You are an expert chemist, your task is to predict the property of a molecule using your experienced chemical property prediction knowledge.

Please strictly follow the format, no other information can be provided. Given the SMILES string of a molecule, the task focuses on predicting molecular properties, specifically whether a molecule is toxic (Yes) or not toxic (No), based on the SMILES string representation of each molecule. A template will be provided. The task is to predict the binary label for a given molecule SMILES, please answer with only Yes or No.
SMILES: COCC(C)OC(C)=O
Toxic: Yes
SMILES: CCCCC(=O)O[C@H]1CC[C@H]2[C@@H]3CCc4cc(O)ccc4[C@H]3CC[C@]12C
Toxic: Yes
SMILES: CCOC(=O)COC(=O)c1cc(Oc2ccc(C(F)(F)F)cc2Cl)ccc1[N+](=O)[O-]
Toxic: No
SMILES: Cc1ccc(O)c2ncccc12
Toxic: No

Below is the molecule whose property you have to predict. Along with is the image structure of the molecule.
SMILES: CC(N/C(=N\C#N)Nc1ccncc1)C(C)(C)C
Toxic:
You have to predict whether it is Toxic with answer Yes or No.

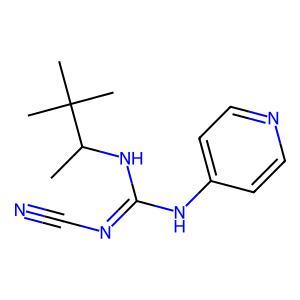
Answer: No